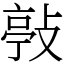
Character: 𢾊